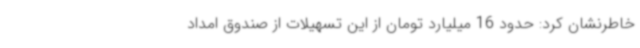
خاطرنشان کرد: حدود 16 میلیارد تومان از این تسهیلات از صندوق امداد